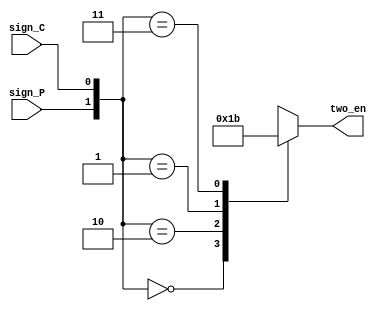
module Two (sign_P, sign_C, two_en);

    input sign_P, sign_C;
    output reg [1:0] two_en;

    parameter S0 = 2'b00;
    parameter S1 = 2'b01;
    parameter S2 = 2'b10;
    parameter S3 = 2'b11;

    always @(sign_P, sign_C) begin
    case ({sign_P, sign_C})
        2'b00 : two_en = 2'b00;
        2'b10 : two_en = 2'b01;
        2'b01 : two_en = 2'b10;
        2'b11 : two_en = 2'b11;
        default : two_en = 2'b00;
    endcase      
end
    
endmodule